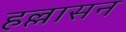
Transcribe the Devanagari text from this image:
हल्लासन